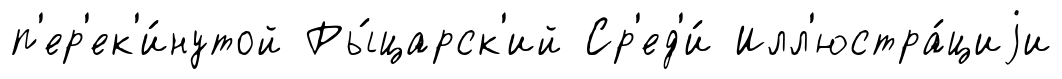
п'ер'ек'и́нутой Ры́царск'ий Ср'ед'и́ Илл'юстра́циjи